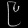
Digit: ၉